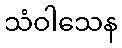
သံဝါသေန